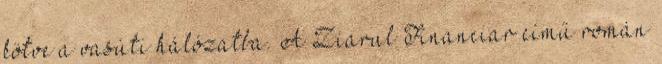
kötve a vasúti hálózatba. A Ziarul Financiar című román